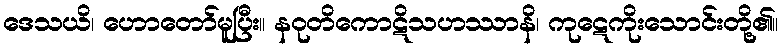
ဒေသယိ၊ ဟောတော်မူပြီး။ နဝုတိကောဋိသဟဿာနိ၊ ကုဋေကိုးသောင်းတို့၏။